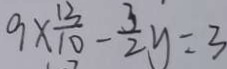
9 \times \frac { 1 3 } { 1 0 } - \frac { 3 } { 2 } y = 3